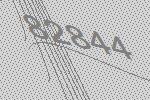
82844